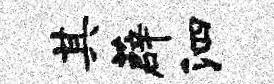
其薜泗